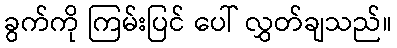
ခွက်ကို ကြမ်းပြင် ပေါ် လွှတ်ချသည်။